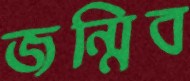
জন্মিব